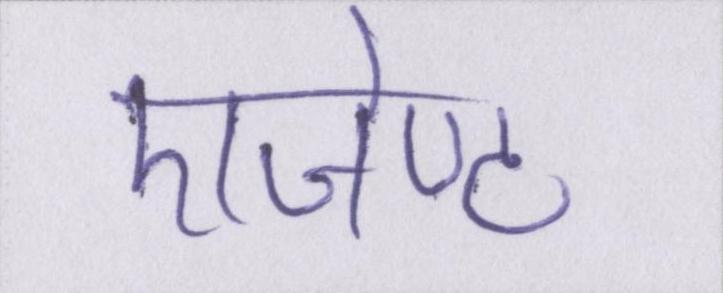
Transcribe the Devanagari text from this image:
एजेण्ट